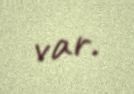
var.